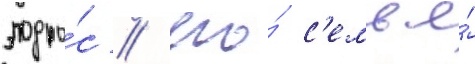
подро́с / его́ с'емья́